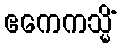
ဧကေကသ္မိံ